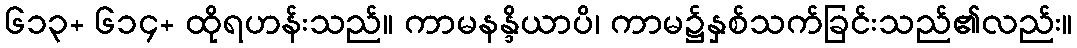
၆၁၃+ ၆၁၄+ ထိုရဟန်းသည်။ ကာမနန္ဒိယာပိ၊ ကာမ၌နှစ်သက်ခြင်းသည်၏လည်း။